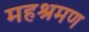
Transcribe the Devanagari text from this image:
महश्रमण